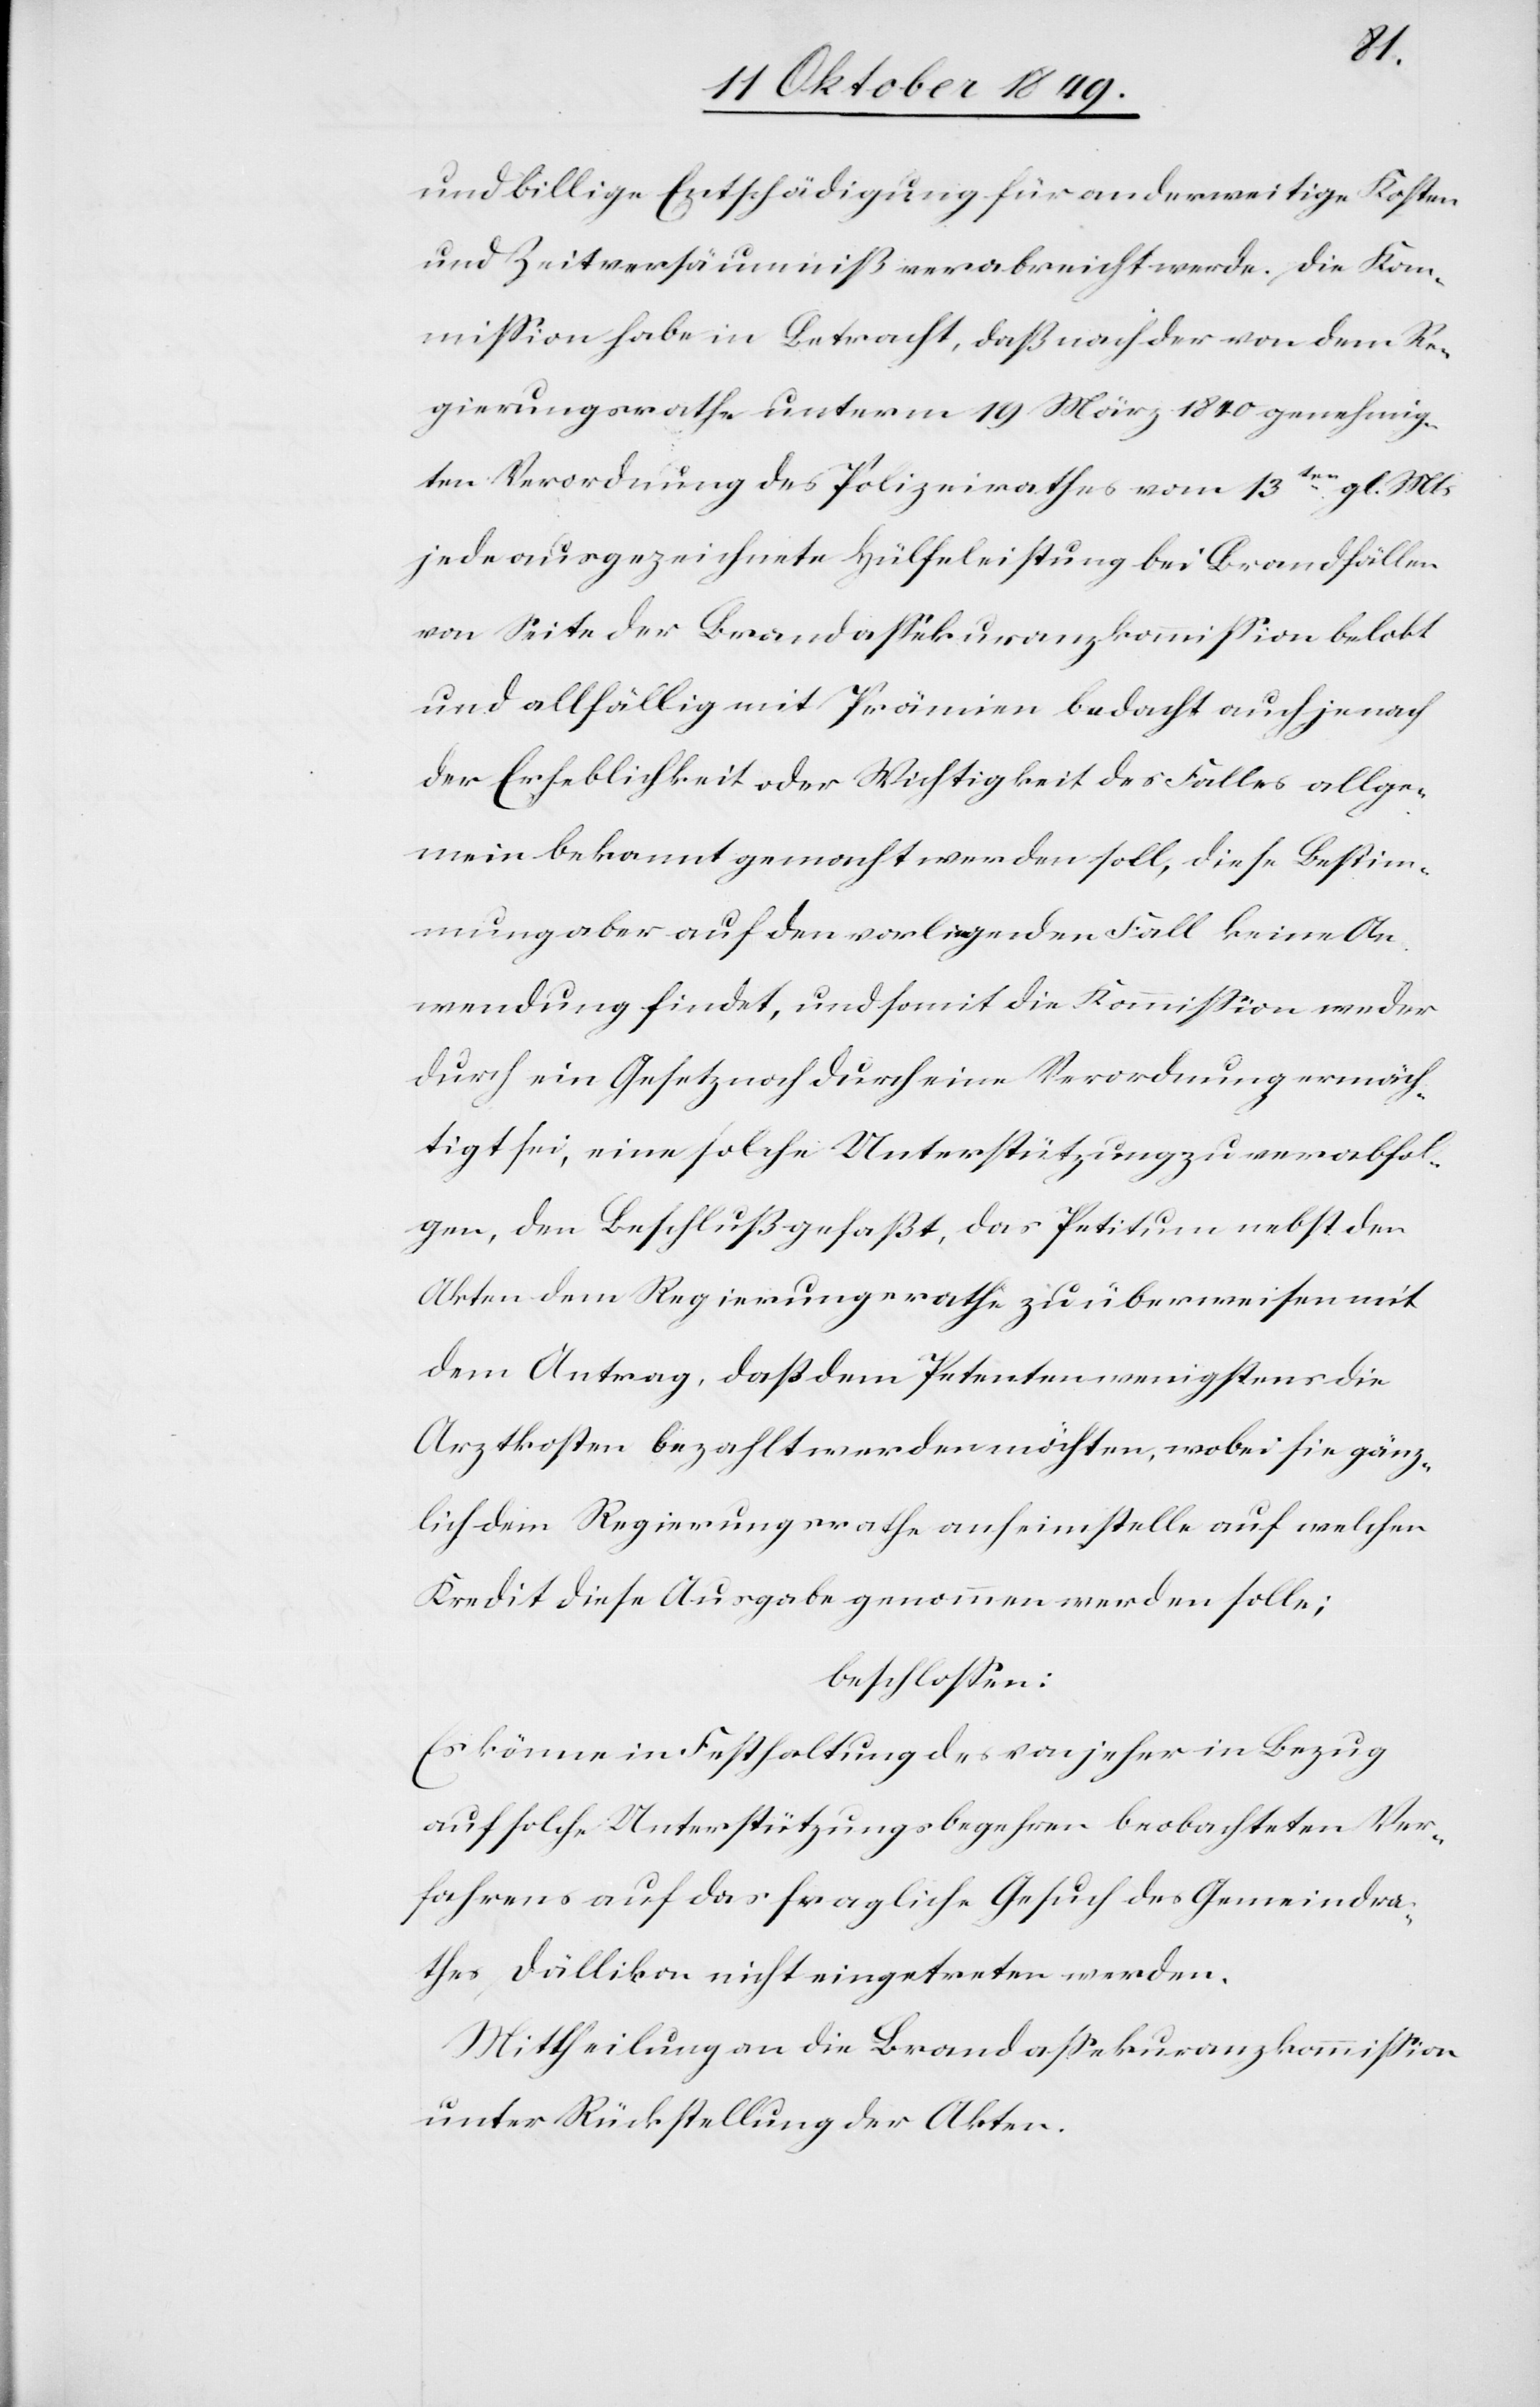
und billige Entschädigung für anderweitige Kosten
und Zeitversäumniß verabreicht werde. Die Kom¬
mißion habe in Betracht, daß nach der von dem Re¬
gierungsrathe unterm 19 März 1840 genehmig¬
ten Verordnung des Polizeirathes vom 13ten gl. Mts.
jede ausgezeichnete Hülfeleistung bei Brandfällen
von Seite der Brandaßekuranzkommißion belobt
und allfällig mit Prämien bedacht auch je nach
der Erheblichkeit oder Wichtigkeit des Falles allge¬
mein bekannt gemacht werden soll, diese Bestim¬
mung aber auf den vorliegenden Fall keine An¬
wendung findet, und somit die Kommißion weder
durch ein Gesetz noch durch eine Verordnung ermäch¬
tigt sei, eine solche Unterstützung zu verabfol¬
gen, den Beschluß gefaßt, das Petitum nebst den
Akten dem Regierungsrathe zu überweisen mit
dem Antrag, daß dem Petenten wenigstens die
Arztkosten bezahlt werden möchten, wobei sie gänz¬
lich dem Regierungsrathe anheim stellte auf welchen
Kredit diese Ausgabe genommen werden solle;
beschloßen:
Es könne in Festhaltung des von jeher in Bezug
auf solche Unterstützungsbegehren beobachteten Ver¬
fahrens auf das fragliche Gesuch des Gemeindra¬
thes Dällikon nicht eingetreten werden.
Mittheilung an die Brandaßekuranzkommißion
unter Rückstellung der Akten.